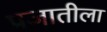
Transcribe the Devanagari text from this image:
प्रजातीला